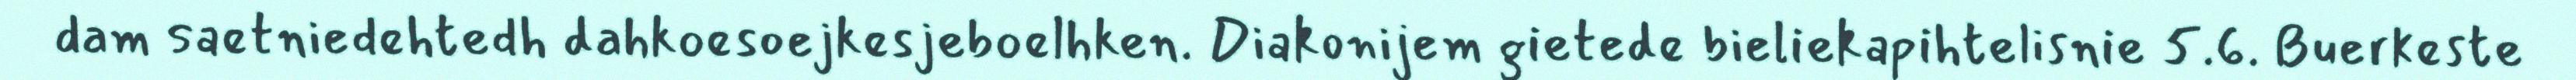
dam saetniedehtedh dahkoesoejkesjeboelhken. Diakonijem gietede bieliekapihtelisnie 5.6. Buerkeste